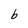
Character: b